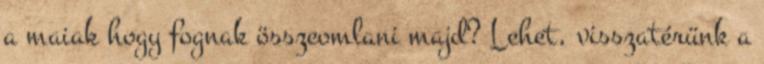
a maiak hogy fognak összeomlani majd? Lehet, visszatérünk a